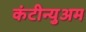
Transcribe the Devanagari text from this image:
कंटीन्युअम